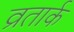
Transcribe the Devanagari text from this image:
व्रतार्क